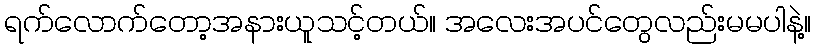
ရက်လောက်တော့အနားယူသင့်တယ်။ အလေးအပင်တွေလည်းမမပါနဲ့။